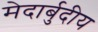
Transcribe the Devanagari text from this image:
मेदार्बुदीय